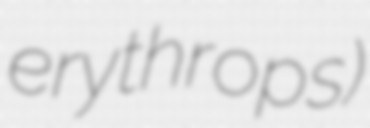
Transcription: erythrops)